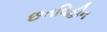
છતવિહીન